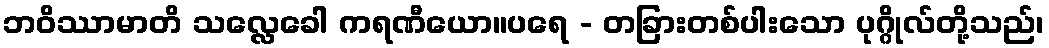
ဘဝိဿာမာတိ သလ္လေခေါ ကရဏီယော။ပရေ - တခြားတစ်ပါးသော ပုဂ္ဂိုလ်တို့သည်၊